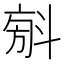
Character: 𣁼